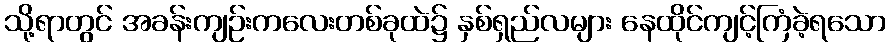
သို့ရာတွင် အခန်းကျဉ်းကလေးတစ်ခုထဲ၌ နှစ်ရှည်လများ နေထိုင်ကျင့်ကြံခဲ့ရသော